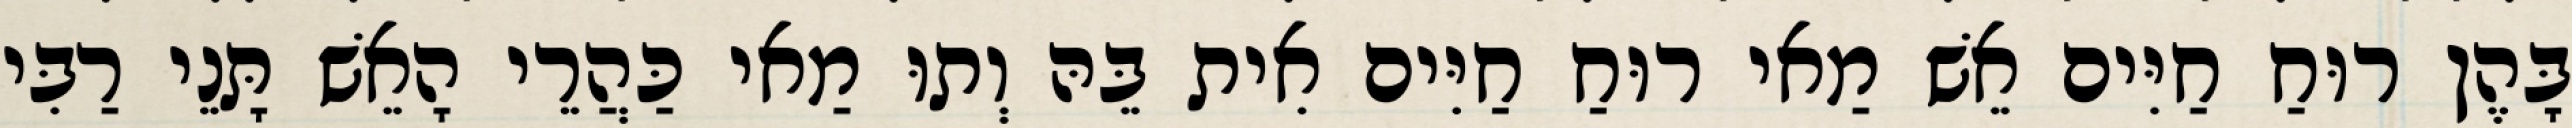
בָּהֶן רוּחַ חַיִּים אֵשׁ מַאי רוּחַ חַיִּים אִית בֵּהּ וְתוּ מַאי כַּהֲרֵי הָאֵשׁ תָּנֵי רַבִּי